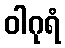
ဝါဂုရံ